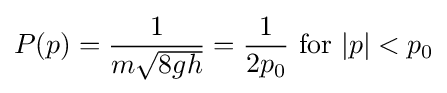
P(p)={\frac {1}{m{\sqrt {8gh}}}}={\frac {1}{2p_{0}}}{\text{ for }}|p|<p_{0}